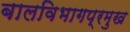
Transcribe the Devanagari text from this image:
बालविभागप्रमुख